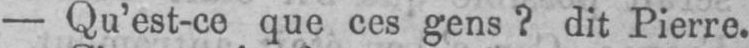
- Qu’est-ce que ces gens? dit Pierre.